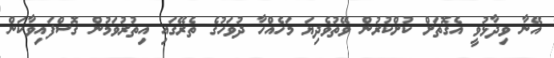
އޭނާ ވިދާޅުވީ އެގޮތަށް ކުށްކުރުން ވޭތުވެދިޔަ މަހެއްހާ ދުވަހުގެ ތެރޭގައި އިތުރުވަމުން ގޮސްފައިވާކަން